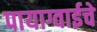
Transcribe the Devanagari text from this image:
पायाग्वाईचे